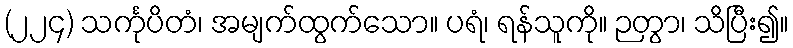
(၂၂၄) သင်္ကုပိတံ၊ အမျက်ထွက်သော။ ပရံ၊ ရန်သူကို။ ဉတွာ၊ သိပြီး၍။